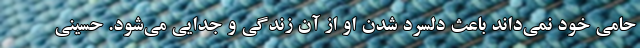
حامی خود نمی‌داند باعث دلسرد شدن او از آن زندگی و جدایی می‌شود. حسینی